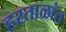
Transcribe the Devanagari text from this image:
हरताळांत